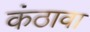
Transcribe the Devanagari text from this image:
कंठावा